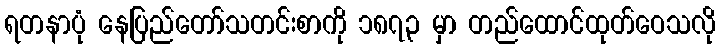
ရတနာပုံ နေပြည်တော်သတင်းစာကို ၁၈၇၃ မှာ တည်ထောင်ထုတ်ဝေသလို